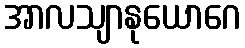
အာလသျာနုယောဂေ